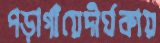
পড়াগাঁয়েদীর্ঘকায়